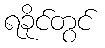
ရခိုင်တွင်